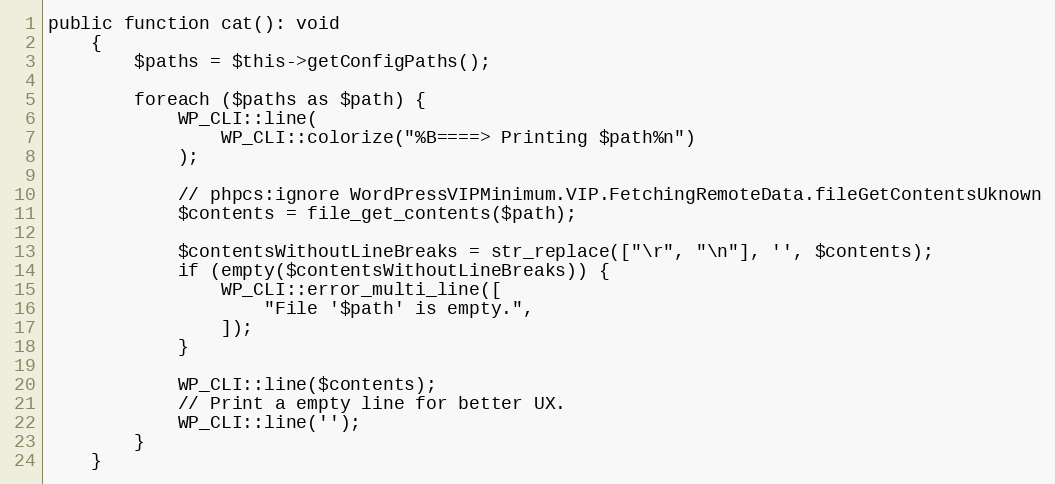
Language: PHP
public function cat(): void
    {
        $paths = $this->getConfigPaths();

        foreach ($paths as $path) {
            WP_CLI::line(
                WP_CLI::colorize("%B====> Printing $path%n")
            );

            // phpcs:ignore WordPressVIPMinimum.VIP.FetchingRemoteData.fileGetContentsUknown
            $contents = file_get_contents($path);

            $contentsWithoutLineBreaks = str_replace(["\r", "\n"], '', $contents);
            if (empty($contentsWithoutLineBreaks)) {
                WP_CLI::error_multi_line([
                    "File '$path' is empty.",
                ]);
            }

            WP_CLI::line($contents);
            // Print a empty line for better UX.
            WP_CLI::line('');
        }
    }